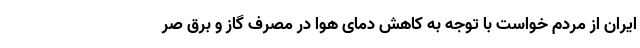
ایران از مردم خواست با توجه به کاهش دمای هوا در مصرف گاز و برق صر